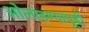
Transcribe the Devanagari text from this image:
ओलांडण्यापूर्वी